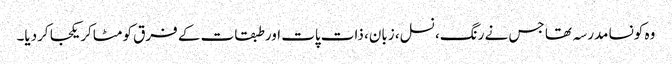
وہ کونسا مدرسہ تھا جس نے رنگ، نسل، زبان، ذات پات اور طبقات کے فرق کو مٹاکر یکجا کردیا۔